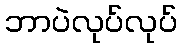
ဘာပဲလုပ်လုပ်